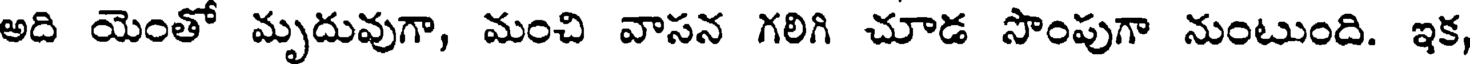
అది యెంతో మృదువుగా, మంచి వాసన గలిగి చూడ సొంపుగా నుంటుంది. ఇక,